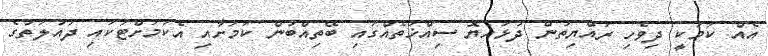
އެއް ކަމަކީ ދިވެހި ރައްޔިތުން ދުޅަހެޔޮ ސިއްޚަތެއްގައި ބޭތިއްބުން ކަމަށާއި އެކަމަށްޓަކައި ދައުލަތުގެ